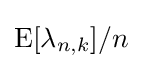
\operatorname {E} [\lambda _{n,k}]/n